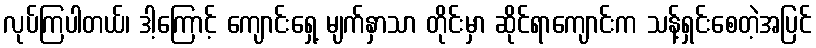
လုပ်ကြပါတယ်၊ ဒါ့ကြောင့် ကျောင်းရှေ့ မျက်နှာသာ တိုင်းမှာ ဆိုင်ရာကျောင်းက သန့်ရှင်းစေတဲ့အပြင်